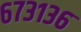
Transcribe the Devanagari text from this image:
६७३१३६